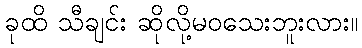
ခုထိ သီချင်း ဆိုလို့မဝသေးဘူးလား။